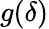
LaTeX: g(\delta)